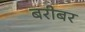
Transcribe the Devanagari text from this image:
बरीबर